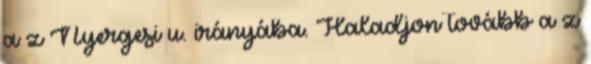
a z Nyergesi u. irányába. Haladjon tovább a z